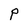
Character: P